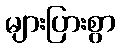
များပြားစွာ